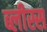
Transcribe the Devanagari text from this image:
ब्लीस्स